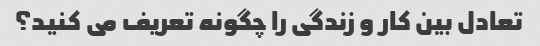
تعادل بین کار و زندگی را چگونه تعریف می کنید؟